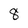
Character: 8